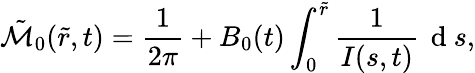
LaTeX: \tilde{\mathcal{M}}_{0}(\tilde{r},t)=\frac{1}{2\pi}+B_{0}(t)\int_{0}^{\tilde{r}}\frac{1}{I(s,t)}\, \mathrm{~d~}s,